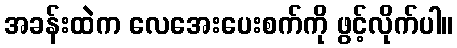
အခန်းထဲက လေအေးပေးစက်ကို ဖွင့်လိုက်ပါ။